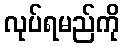
လုပ်ရမည်ကို